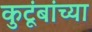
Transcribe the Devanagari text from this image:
कुटूंबांच्या